Scottish Certificate of Education, 1963
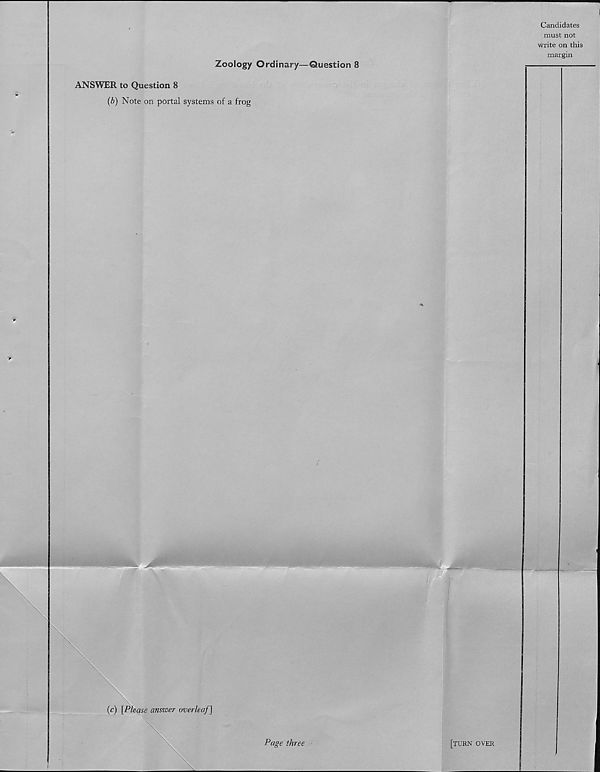
Candidates
must not
write on this
margin
Zoology Ordinary—Question 8
ANSWER to Question 8
(b) Note on portal systems of a frog
(c) [Please answer overleaf]
[turn over
Page three